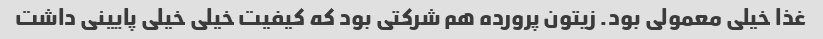
غذا خیلی معمولی بود. زیتون پرورده هم شرکتی بود که کیفیت خیلی خیلی پایینی داشت